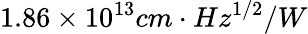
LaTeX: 1.86\times 10^{13}cm·Hz^{1/2}/W